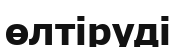
өлтіруді